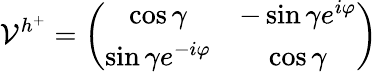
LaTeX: {\cal V}^{h^{+}}=\left(\begin{array}{cc}{{\cos\gamma}}&{{-\sin\gamma e^{i\varphi}}}\\ {{\sin\gamma e^{-i\varphi}}}&{{\cos\gamma}}\end{array}\right)